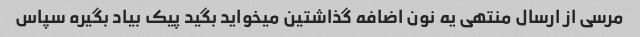
مرسی از ارسال منتهی یه نون اضافه گذاشتین میخواید بگید پیک بیاد بگیره سپاس